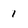
Character: 1